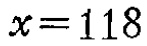
\(x = 118\)